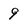
Character: 9